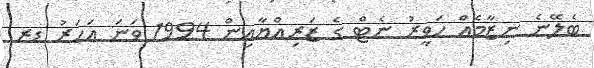
ބެލޭނެ ނިޒާމެއް ހަވީރު ނެޓް ގެ ޒަރިއްޔާއިން 1994 ވަނަ އަހަރު ޑރ